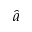
\hat { a }